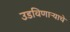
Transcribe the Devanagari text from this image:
उडविणाऱ्याचे